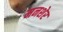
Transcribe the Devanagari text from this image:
मनशेर